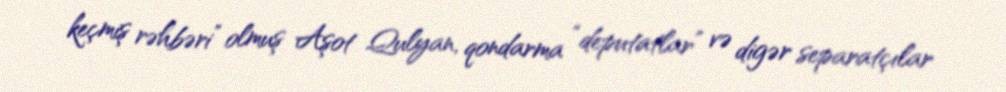
keçmiş rəhbəri” olmuş Aşot Qulyan, qondarma “deputatlar” və digər separatçılar